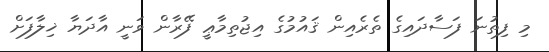
މި ފިތުނަ ފަސާދައިގެ ތެރެއިން ޤައުމުގެ އިޖުތިމާޢީ ފޭރާން ވަނީ އާދަޔާ ޚިލާފަށް